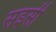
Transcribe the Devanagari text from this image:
सइसी